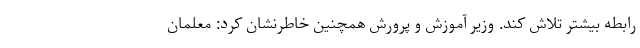
رابطه بیشتر تلاش کند. وزیر آموزش و پرورش همچنین خاطرنشان کرد: معلمان